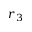
r _ { 3 }